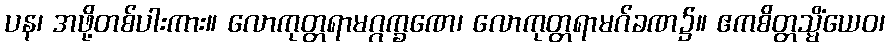
ပန၊ အဖို့တစ်ပါးကား။ လောကုတ္တရာမဂ္ဂက္ခဏေ၊ လောကုတ္တရာမဂ်ခဏ၌။ ဧကစိတ္တသ္မိံယေဝ၊